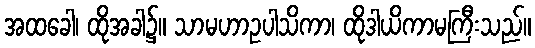
အထခေါ၊ ထိုအခါ၌။ သာမဟာဥပါသိကာ၊ ထိုဒါယိကာမကြီးသည်။